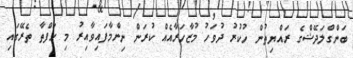
ބަންގްލަދޭޝްގެ ރައްޔިތުން ހުކުރު ދުވަހު މުޒާހަރާއެއް ކުރަން ނިންމާފައިވާއިރު މި ހަފްތާ ތެރޭގައި